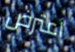
اعترض